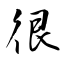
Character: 很